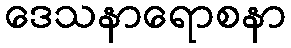
ဒေသနာရောစနာ